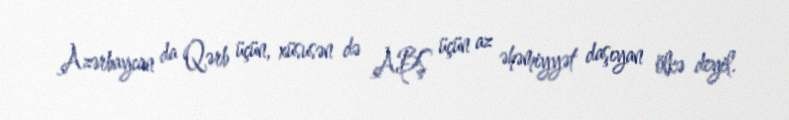
Azərbaycan da Qərb üçün, xüsusən də ABŞ üçün az əhəmiyyət daşıyan ölkə deyil.